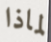
لماذا